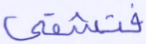
فتشقى